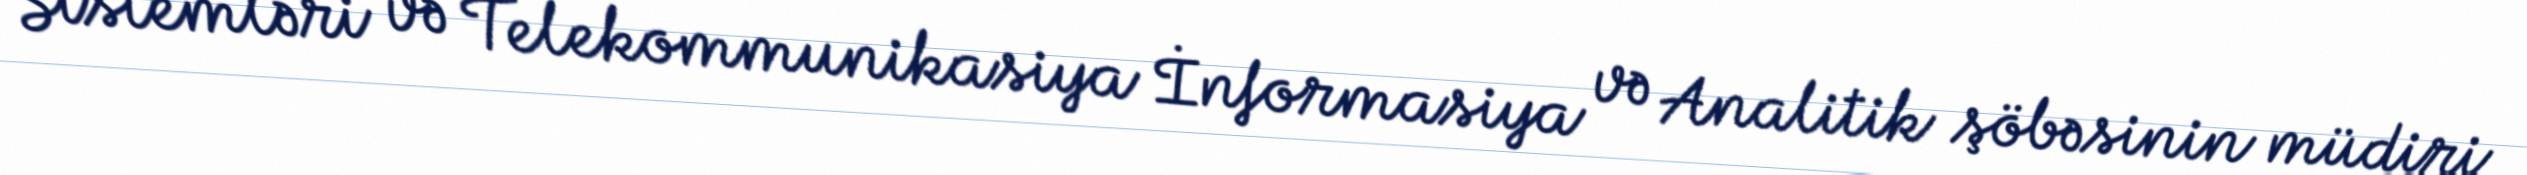
Sistemləri və Telekommunikasiya İnformasiya və Analitik şöbəsinin müdiri